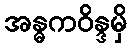
အန္ဓကဝိန္ဒမှိ